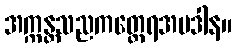
အက္ကန္တသညကတ္တေရအပဒါန။